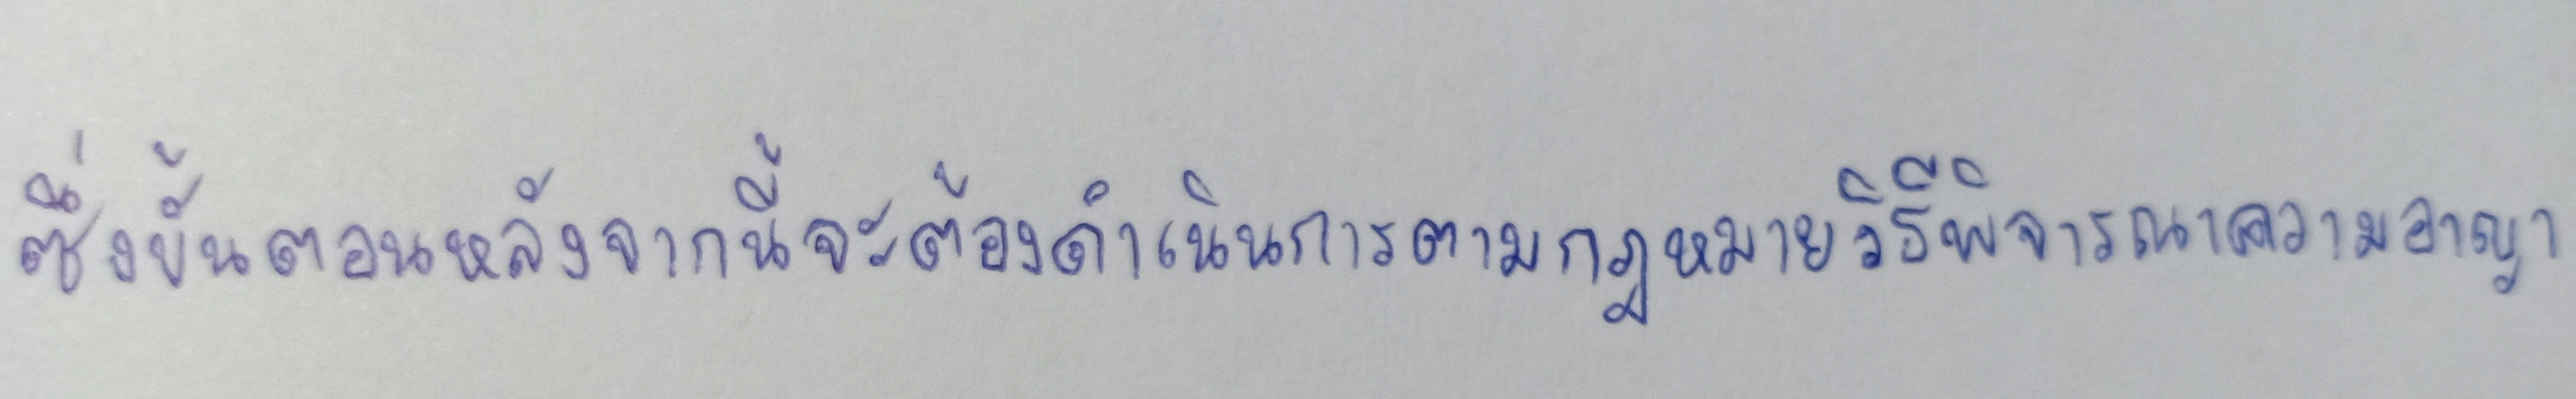
ซึ่งขั้นตอนหลังจากนี้จะต้องดำเนินการตามกฎหมายวิธีพิจารณาความอาญา